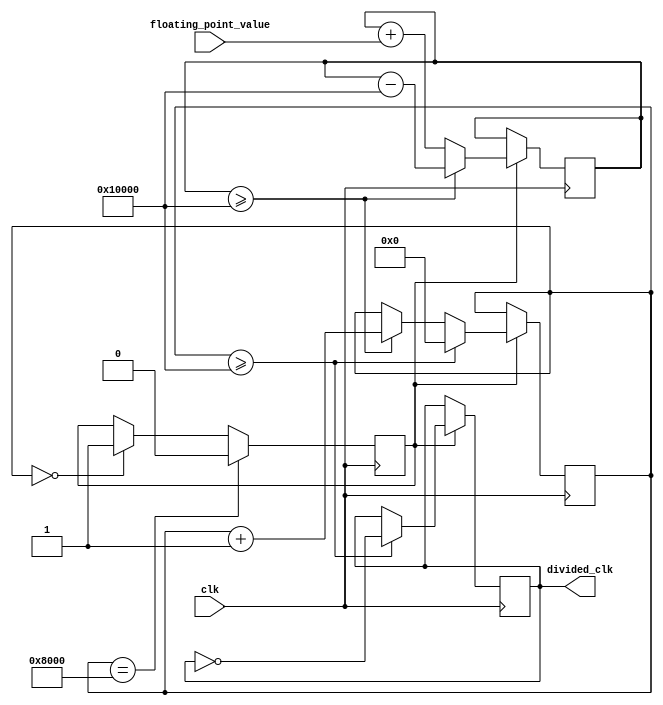
module floating_point_clock_divider (
    input wire clk,
    input wire [31:0] floating_point_value,
    output wire divided_clk
);

reg [31:0] counter;
reg [63:0] accumulator;
reg valid_divider;
reg [15:0] fractional_bits;

always @ (posedge clk) begin
    if (valid_divider) begin
        accumulator <= accumulator + floating_point_value;
        if (accumulator >= 1<<16) begin
            counter <= counter + 1;
            accumulator <= accumulator - (1<<16);
        end
        if (counter >= 1<<16) begin
            counter <= 0;
            divided_clk <= ~divided_clk;
        end
    end
end

always @ (posedge clk) begin
    if (counter == 0) begin
        valid_divider <= 1;
        fractional_bits <= floating_point_value[15:0];
    end
    if (counter == 1<<15) begin
        valid_divider <= 0;
    end
end

endmodule